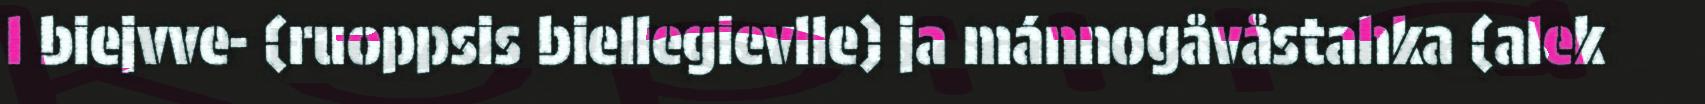
l biejvve- (ruoppsis biellegievlle) ja mánnogåvåstahka (alek